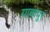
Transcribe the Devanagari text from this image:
याबापुर